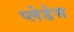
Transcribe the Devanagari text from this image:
प्लेडेस